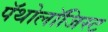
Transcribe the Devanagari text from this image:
पॅथोलॉजिस्ट